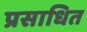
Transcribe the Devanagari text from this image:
प्रसाधित